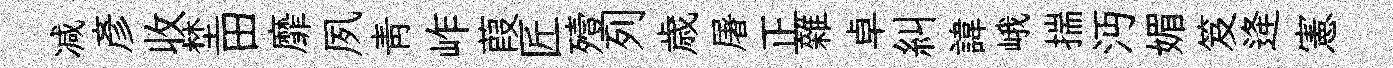
减彦收埜田靡夙青岞葭匠殪列歳屠正雜卓糾諱峨揣沔媚笈逄憲